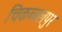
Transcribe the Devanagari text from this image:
चिकब्बलपुर